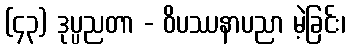
(၄၃) ဒုပ္ပညတာ - ဝိပဿနာပညာ မဲ့ခြင်း၊